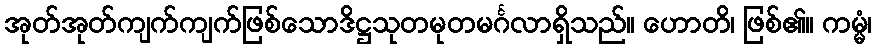
အုတ်အုတ်ကျက်ကျက်ဖြစ်သောဒိဋ္ဌသုတမုတမင်္ဂလာရှိသည်။ ဟောတိ၊ ဖြစ်၏။ ကမ္မံ၊